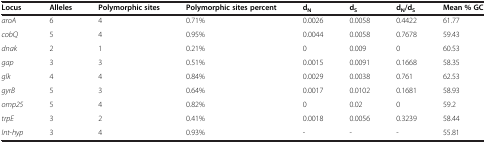
| Locus | Alleles | Polymorphic sites | Polymorphic sites percent | dN | dS | dN/dS | Mean % GC |
 | --- | --- | --- | --- | --- | --- | --- | --- |
 | aroA | 6 | 4 | 0.71% | 0.0026 | 0.0058 | 0.4422 | 61.77 |
 | cobQ | 5 | 4 | 0.95% | 0.0044 | 0.0058 | 0.7678 | 59.43 |
 | dnak | 2 | 1 | 0.21% | 0 | 0.009 | 0 | 60.53 |
 | gap | 3 | 3 | 0.51% | 0.0015 | 0.0091 | 0.1668 | 58.35 |
 | glk | 4 | 4 | 0.84% | 0.0029 | 0.0038 | 0.761 | 62.53 |
 | gyrB | 5 | 3 | 0.64% | 0.0017 | 0.0102 | 0.1681 | 58.93 |
 | omp25 | 5 | 4 | 0.82% | 0 | 0.02 | 0 | 59.2 |
 | trpE | 3 | 2 | 0.41% | 0.0018 | 0.0056 | 0.3239 | 58.44 |
 | Int-hyp | 3 | 4 | 0.93% | - | - | - | 55.81 |